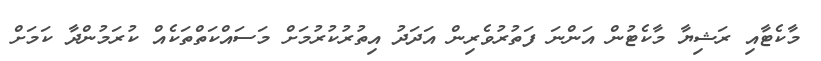
މާކެޓާއި ރަޝިޔާ މާކެޓުން އަންނަ ފަތުރުވެރިން އަދަދު އިތުރުކުރުމަށް މަސައްކަތްތަކެއް ކުރަމުންދާ ކަމަށް